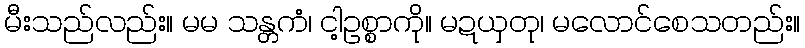
မီးသည်လည်း။ မမ သန္တကံ၊ ငါ့ဥစ္စာကို။ မဍယှတု၊ မလောင်စေသတည်း။